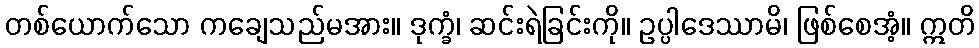
တစ်ယောက်သော ကချေသည်မအား။ ဒုက္ခံ၊ ဆင်းရဲခြင်းကို။ ဥပ္ပါဒေဿာမိ၊ ဖြစ်စေအံ့။ ဣတိ